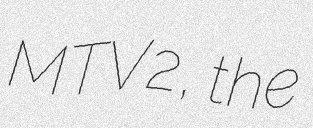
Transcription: MTV2, the